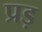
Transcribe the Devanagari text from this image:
प्रड़